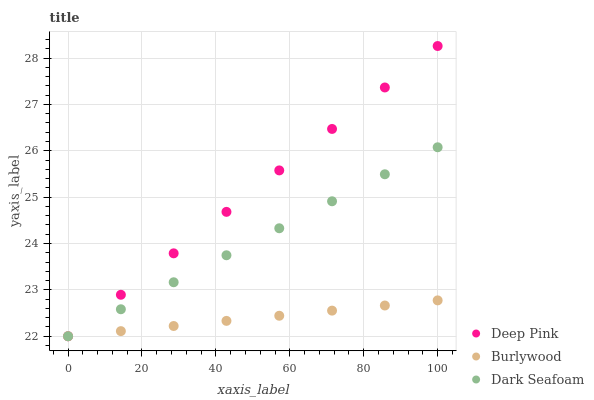
| xaxis_label | Deep Pink | Burlywood | Dark Seafoam |
 | --- | --- | --- | --- |
 | 0 | 22 | 22 | 22 |
 | 14.3 | 22.9 | 22.1 | 22.6 |
 | 28.6 | 23.8 | 22.2 | 23.2 |
 | 42.9 | 24.7 | 22.3 | 23.7 |
 | 57.1 | 25.6 | 22.4 | 24.3 |
 | 71.4 | 26.5 | 22.6 | 24.9 |
 | 85.7 | 27.4 | 22.7 | 25.5 |
 | 100 | 28.3 | 22.8 | 26.1 |